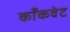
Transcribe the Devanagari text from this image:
काँकवेट